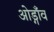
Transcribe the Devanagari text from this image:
ओड्गाँव